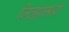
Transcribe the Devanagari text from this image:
जिल्‍ह्यामध्‍ये